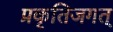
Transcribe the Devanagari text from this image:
प्रकृतिजगत्‌